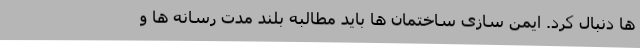
ها دنبال کرد. ایمن سازی ساختمان ها باید مطالبه بلند مدت رسانه ها و